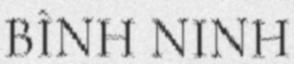
BÌNH NINH